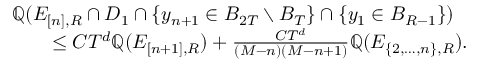
\begin{array} { r l } { \lefteqn { \mathbb Q ( E _ { [ n ] , R } \cap D _ { 1 } \cap \{ y _ { n + 1 } \in B _ { 2 T } \setminus B _ { T } \} \cap \{ y _ { 1 } \in B _ { R - 1 } \} ) } \quad } & { } \\ & { \leq C T ^ { d } \mathbb Q ( E _ { [ n + 1 ] , R } ) + \frac { C T ^ { d } } { ( M - n ) ( M - n + 1 ) } \mathbb Q ( E _ { \{ 2 , \ldots , n \} , R } ) . } \end{array}